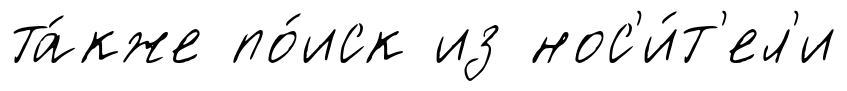
та́кже по́иск из нос'и́т'ел'и